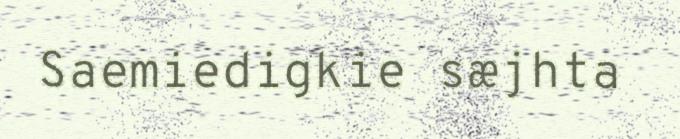
Saemiedigkie sæjhta